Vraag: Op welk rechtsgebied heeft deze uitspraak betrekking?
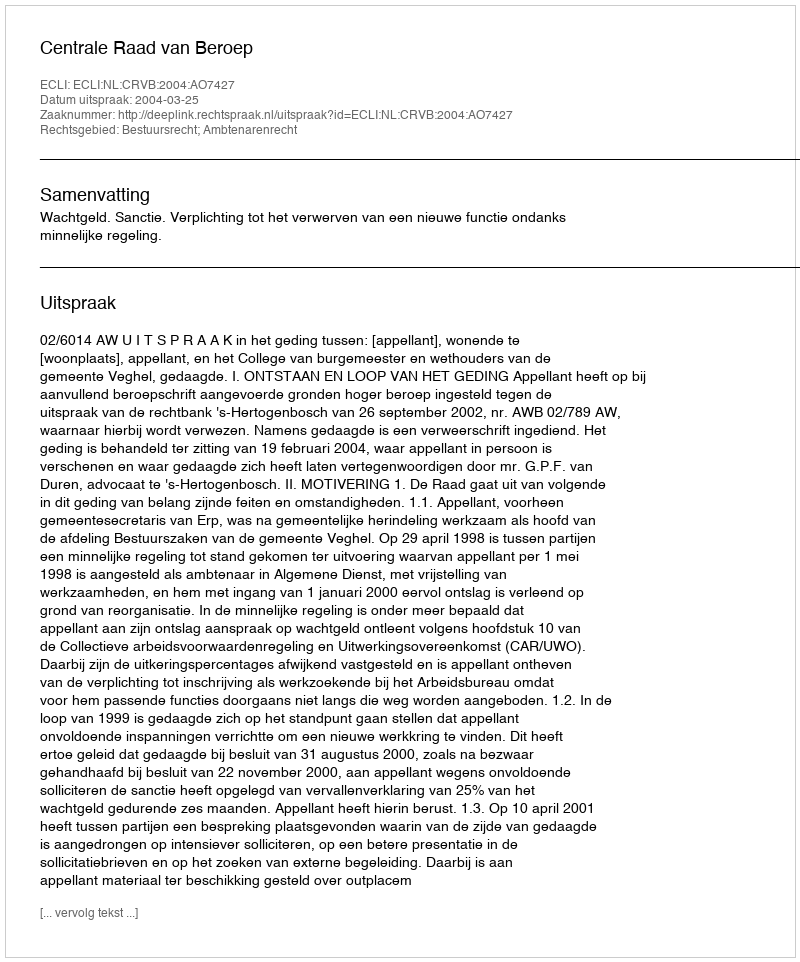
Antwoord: Bestuursrecht; Ambtenarenrecht